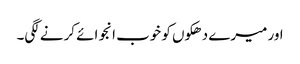
اور میرے دھکوں کو خوب انجوائے کرنے لگی۔